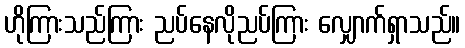
ဟိုကြားသည်ကြား ညပ်နေလိုညပ်ကြား လျှောက်ရှာသည်။